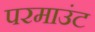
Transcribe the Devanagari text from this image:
परमाउंट